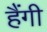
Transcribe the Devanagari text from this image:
हैंगी